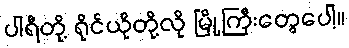
ပါရီတို့ ရိုင်ယိုတို့လို မြို့ကြီးတွေပေါ့။